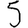
Digit: 5